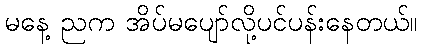
မနေ့ ညက အိပ်မပျော်လို့ပင်ပန်းနေတယ်။